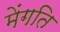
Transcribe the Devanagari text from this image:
मेंगति